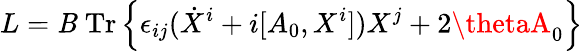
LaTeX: L=\mathit{B}\; \mathrm{{{Tr}}}\left\{ \epsilon_{ij}(\dot{{X}}^{i}+i[A_{0},X^{i}])X^{j}+2\thetaA_{0}\right\}